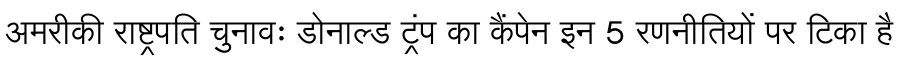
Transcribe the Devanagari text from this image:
अमरीकी राष्ट्रपति चुनावः डोनाल्ड ट्रंप का कैंपेन इन 5 रणनीतियों पर टिका है